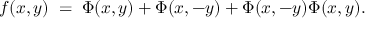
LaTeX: f ( x , y ) \; = \; \Phi ( x , y ) + \Phi ( x , - y ) + \Phi ( x , - y ) \Phi ( x , y ) .